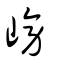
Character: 嵭